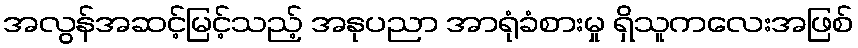
အလွန်အဆင့်မြင့်သည့် အနုပညာ အာရုံခံစားမှု ရှိသူကလေးအဖြစ်